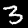
Digit: 3